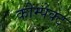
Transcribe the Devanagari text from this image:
कोम्पेक्ट